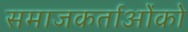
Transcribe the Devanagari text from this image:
समाजकर्ताओंको